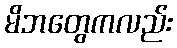
မိဘတွေကလည်း